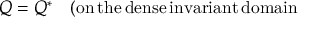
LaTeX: Q = Q ^ { \ast } \quad ( \mathrm { o n \, t h e \, d e n s e \, i n v a r i a n t \, d o m a i n } \,